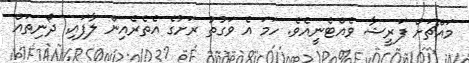
މައްޗަށް ފަރީޝާ ވެއްޓެނީއެވެ. ހަމަ އެ ވަގުތު ރަށުގެ އެތެރެއިން ލާފައި